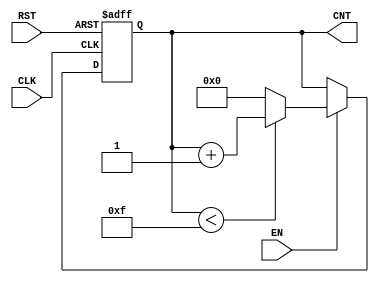
module dynamic_asynchronous_counter (
    input wire CLK,       // Clock input
    input wire RST,       // Asynchronous reset input
    input wire EN,        // Enable signal
    output reg [3:0] CNT  // 4-bit Counter output (adjust width as needed)
);

    // Define the maximum count value
    parameter MAX_COUNT = 15; // For a 4-bit counter (0-15)

    // Always block for asynchronous reset and counting
    always @(posedge CLK or posedge RST) begin
        if (RST) begin
            CNT <= 4'b0000; // Reset counter to zero
        end else if (EN) begin
            if (CNT < MAX_COUNT) begin
                CNT <= CNT + 1; // Increment counter
            end else begin
                CNT <= 4'b0000; // Reset to zero on overflow
            end
        end
        // If EN is low, CNT retains its value
    end

endmodule